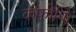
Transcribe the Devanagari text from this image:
कफोणि